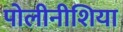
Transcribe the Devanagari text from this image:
पोलीनीशिया